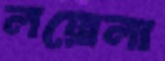
লয়োলা